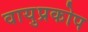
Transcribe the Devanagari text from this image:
वायुप्रकोप